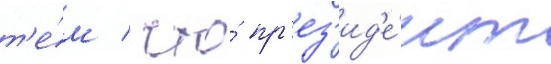
т'е́м / что́ пр'ез'ид'е́нт